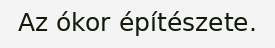
Az ókor építészete.